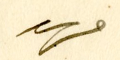
فهو